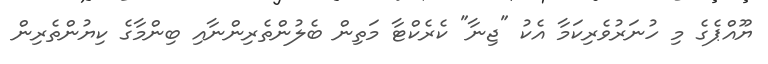
ޔޫއްޕެގެ މި ހުނަރުވެރިކަމާ އެކު "ޖިނާ" ކެރެކްޓާ މަތިން ބެލުންތެރިންނާއި ބިންމާގެ ކިޔުންތެރިން